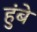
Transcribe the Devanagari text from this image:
हुंबे